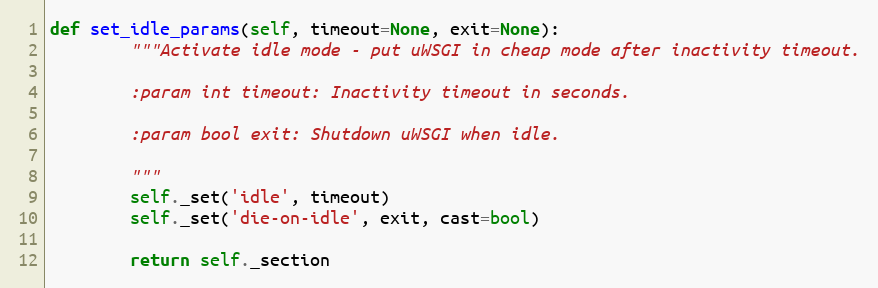
Language: Python
def set_idle_params(self, timeout=None, exit=None):
        """Activate idle mode - put uWSGI in cheap mode after inactivity timeout.

        :param int timeout: Inactivity timeout in seconds.

        :param bool exit: Shutdown uWSGI when idle.

        """
        self._set('idle', timeout)
        self._set('die-on-idle', exit, cast=bool)

        return self._section